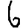
Digit: 6